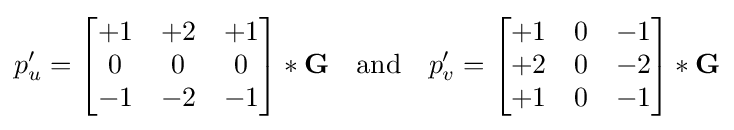
p'_{u}={\begin{bmatrix}+1&+2&+1\\0&0&0\\-1&-2&-1\end{bmatrix}}*\mathbf {G} \quad {\mbox{and}}\quad p'_{v}={\begin{bmatrix}+1&0&-1\\+2&0&-2\\+1&0&-1\end{bmatrix}}*\mathbf {G}